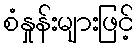
စံနှုန်းများဖြင့်